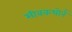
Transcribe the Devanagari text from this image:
सीबकथोर्न